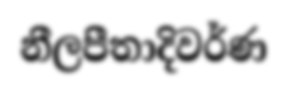
නීලපීතාදිවර්ණ